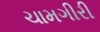
ચામગીરી